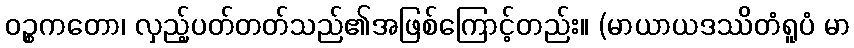
ဝဉ္စကတော၊ လှည့်ပတ်တတ်သည်၏အဖြစ်ကြောင့်တည်း။ (မာယာယဒဿိတံရူပံ မာ